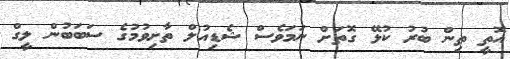
އޮތީ ތިން ބުރު ކުޅޭ ގޮތަށް ނަމަވެސް ޝެޑިއުލް ތާށިވުމުގެ ސަބަބުން ލީގް